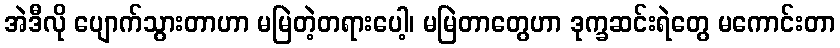
အဲဒီလို ပျောက်သွားတာဟာ မမြဲတဲ့တရားပေါ့၊ မမြဲတာတွေဟာ ဒုက္ခဆင်းရဲတွေ မကောင်းတာ